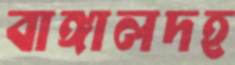
বাঙ্গালদহ